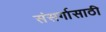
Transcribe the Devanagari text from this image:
संसर्गासाठी